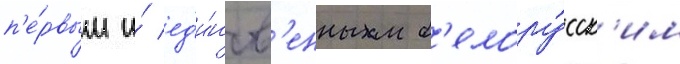
п'е́рвым и́ ед'и́нств'енным б'елору́сск'им